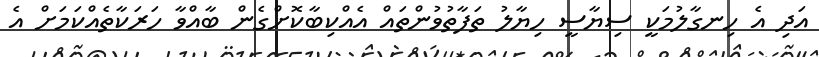
އަދި އެ ހިނގާލުމަކީ ސިޔާސީ ހިޔާލު ތަފާތުވުންތައް އެއްކިބާކޮށްގެން ބާއްވާ ހަރަކާތެއްކަމަށް އެ